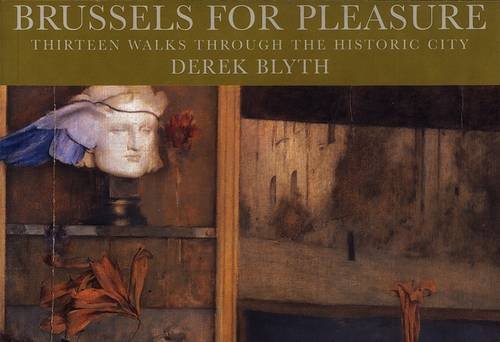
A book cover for Brussels for Pleasure: Thirteen Walks Through the Historic City (Pallas for Pleasure); Derek Blyth; Travel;